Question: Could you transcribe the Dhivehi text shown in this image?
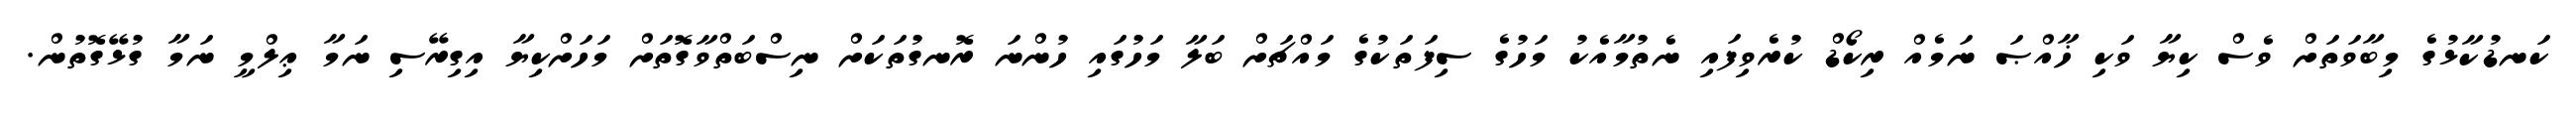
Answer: ކަނޑުކާޅުގެ މިބާވަތަށް ވެސް ކިޔާ ވަކި ޚާއްޞަ ނަމެއް ރިކޯޑް ކުރެވިފައި ނެތުމާއެކު މަހުގެ ސިފަތަކުގެ މައްޗަށް ބަލާ މަހުގައި ހުންނަ ރޮނގުތަކަށް ނިސްބަތްވާގޮތަށް މަހަށްކިޔާ އިގިރޭސި ނަމާ ޢިލްމީ ނަމާ ގުޅޭގޮތުން.